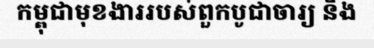
កម្ពុជាមុខងាររបស់ពួកបូជាចារ្យ និង